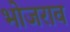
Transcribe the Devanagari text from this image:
भोजराव